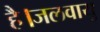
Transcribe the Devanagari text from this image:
है।जलवायु